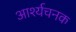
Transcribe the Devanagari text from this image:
आर्श्यचनक